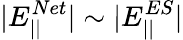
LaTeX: |E_{||}^{Net}|\sim|E_{||}^{ES}|